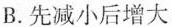
B. 先减小后增大